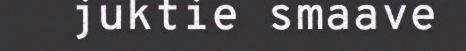
juktie smaave